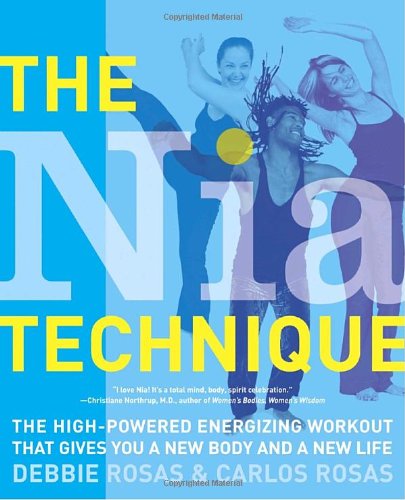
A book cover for The Nia Technique: The High-Powered Energizing Workout that Gives You a New Body and a New Life; Debbie Rosas; Health, Fitness & Dieting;